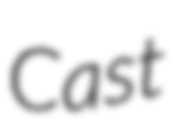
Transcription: Cast